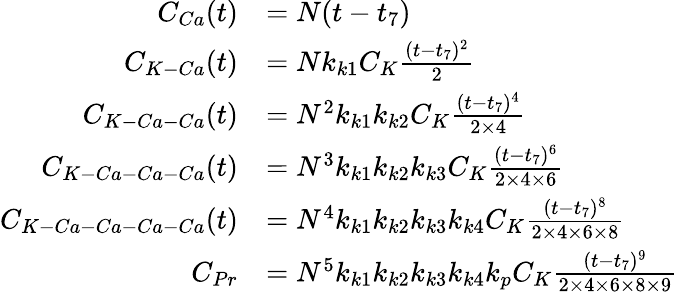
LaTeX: \begin{array}{rl}{C_{Ca}(t)}&{=N(t-t_{7})}\\ {C_{K-Ca}(t)}&{=Nk_{k1}C_{K}\frac{(t-t_{7})^{2}}{2}}\\ {C_{K-Ca-Ca}(t)}&{=N^{2}k_{k1}k_{k2}C_{K}\frac{(t-t_{7})^{4}}{2\times 4}}\\ {C_{K-Ca-Ca-Ca}(t)}&{=N^{3}k_{k1}k_{k2}k_{k3}C_{K}\frac{(t-t_{7})^{6}}{2\times 4\times 6}}\\ {C_{K-Ca-Ca-Ca-Ca}(t)}&{=N^{4}k_{k1}k_{k2}k_{k3}k_{k4}C_{K}\frac{(t-t_{7})^{8}}{2\times 4\times 6\times 8}}\\ {C_{Pr}}&{=N^{5}k_{k1}k_{k2}k_{k3}k_{k4}k_{p}C_{K}\frac{(t-t_{7})^{9}}{2\times 4\times 6\times 8\times 9}}\end{array}